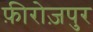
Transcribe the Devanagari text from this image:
फ़ीरोज़पुर